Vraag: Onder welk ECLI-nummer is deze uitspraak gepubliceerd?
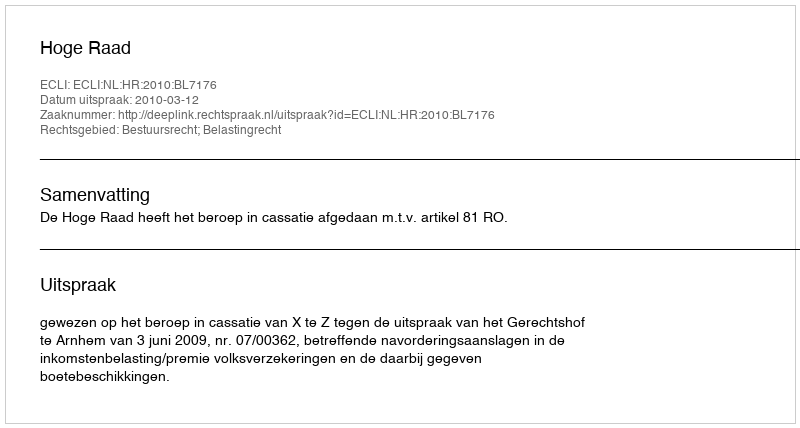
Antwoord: ECLI:NL:HR:2010:BL7176